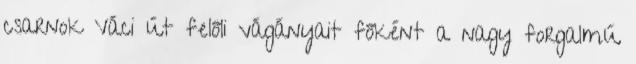
csarnok Váci út felőli vágányait főként a nagy forgalmú